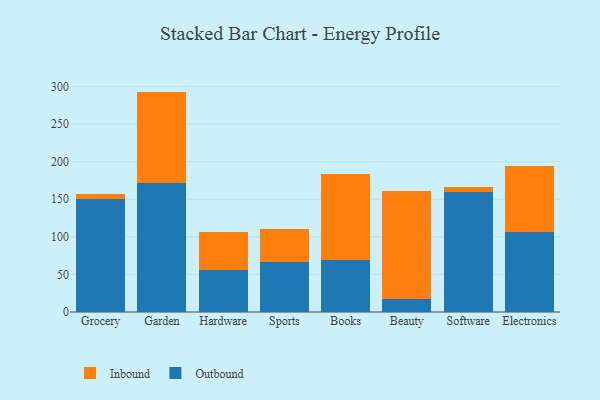
{"axis": {"x": "Category", "y": "Bounce Rate (%)"}, "legend": ["Inbound", "Outbound"], "data": [{"x": "Grocery", "y": 150.3, "type": "Outbound"}, {"x": "Grocery", "y": 7.1, "type": "Inbound"}, {"x": "Garden", "y": 172.2, "type": "Outbound"}, {"x": "Garden", "y": 121.1, "type": "Inbound"}, {"x": "Hardware", "y": 55.3, "type": "Outbound"}, {"x": "Hardware", "y": 51.6, "type": "Inbound"}, {"x": "Sports", "y": 66.4, "type": "Outbound"}, {"x": "Sports", "y": 44.3, "type": "Inbound"}, {"x": "Books", "y": 68.6, "type": "Outbound"}, {"x": "Books", "y": 115.5, "type": "Inbound"}, {"x": "Beauty", "y": 17.1, "type": "Outbound"}, {"x": "Beauty", "y": 144.0, "type": "Inbound"}, {"x": "Software", "y": 159.3, "type": "Outbound"}, {"x": "Software", "y": 7.1, "type": "Inbound"}, {"x": "Electronics", "y": 106.0, "type": "Outbound"}, {"x": "Electronics", "y": 88.5, "type": "Inbound"}]}